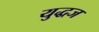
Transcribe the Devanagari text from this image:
युद्धज